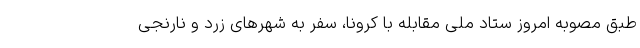
طبق مصوبه امروز ستاد ملی مقابله با کرونا، سفر به شهرهای زرد و نارنجی